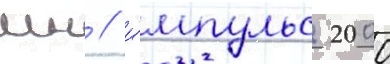
мн / и́мпульс 2000